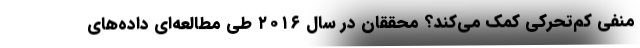
منفی کم‌تحرکی کمک می‌کند؟ محققان در سال ۲۰۱۶ طی مطالعه‌ای داده‌های